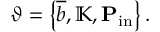
\vartheta = \left\{ \overline { { b } } , \mathbb { K } , \mathbf { P } _ { \mathrm { i n } } \right\} .